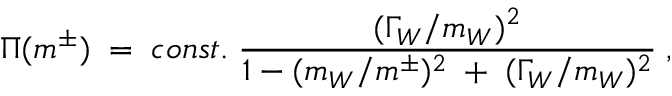
\Pi ( m ^ { \pm } ) \; = \; c o n s t . \; \frac { ( \Gamma _ { W } / m _ { W } ) ^ { 2 } } { 1 - ( m _ { W } / m ^ { \pm } ) ^ { 2 } \; + \; ( \Gamma _ { W } / m _ { W } ) ^ { 2 } } \; ,